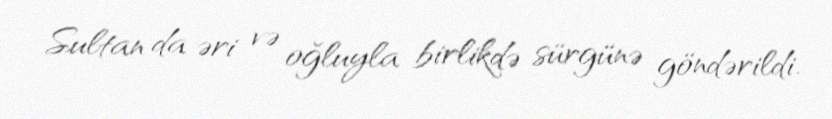
Sultan da əri və oğluyla birlikdə sürgünə göndərildi.